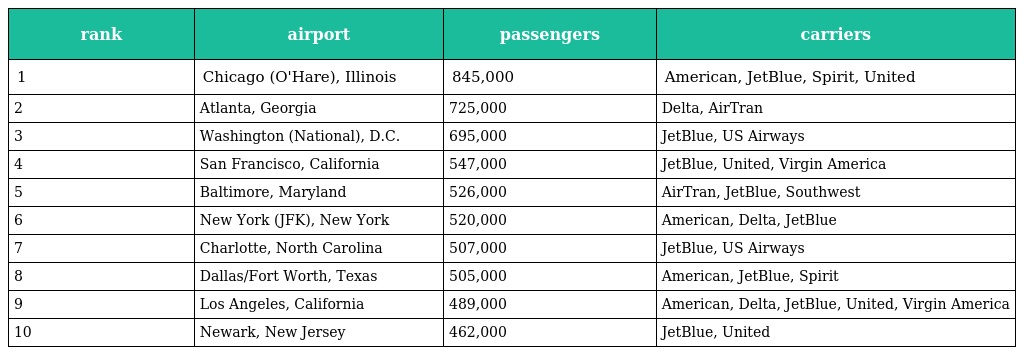
| rank | airport | passengers | carriers |
 | --- | --- | --- | --- |
 | 1 | Chicago (O'Hare), Illinois | 845,000 | American, JetBlue, Spirit, United |
 | 2 | Atlanta, Georgia | 725,000 | Delta, AirTran |
 | 3 | Washington (National), D.C. | 695,000 | JetBlue, US Airways |
 | 4 | San Francisco, California | 547,000 | JetBlue, United, Virgin America |
 | 5 | Baltimore, Maryland | 526,000 | AirTran, JetBlue, Southwest |
 | 6 | New York (JFK), New York | 520,000 | American, Delta, JetBlue |
 | 7 | Charlotte, North Carolina | 507,000 | JetBlue, US Airways |
 | 8 | Dallas/Fort Worth, Texas | 505,000 | American, JetBlue, Spirit |
 | 9 | Los Angeles, California | 489,000 | American, Delta, JetBlue, United, Virgin America |
 | 10 | Newark, New Jersey | 462,000 | JetBlue, United |